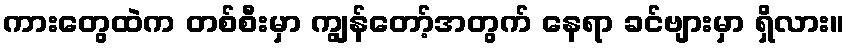
ကားတွေထဲက တစ်စီးမှာ ကျွန်တော့်အတွက် နေရာ ခင်ဗျားမှာ ရှိလား။